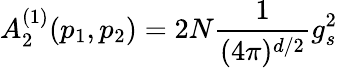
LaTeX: A_{2}^{(1)}(p_{1},p_{2})=2N\frac{1}{(4\pi)^{d/2}}g_{s}^{2}